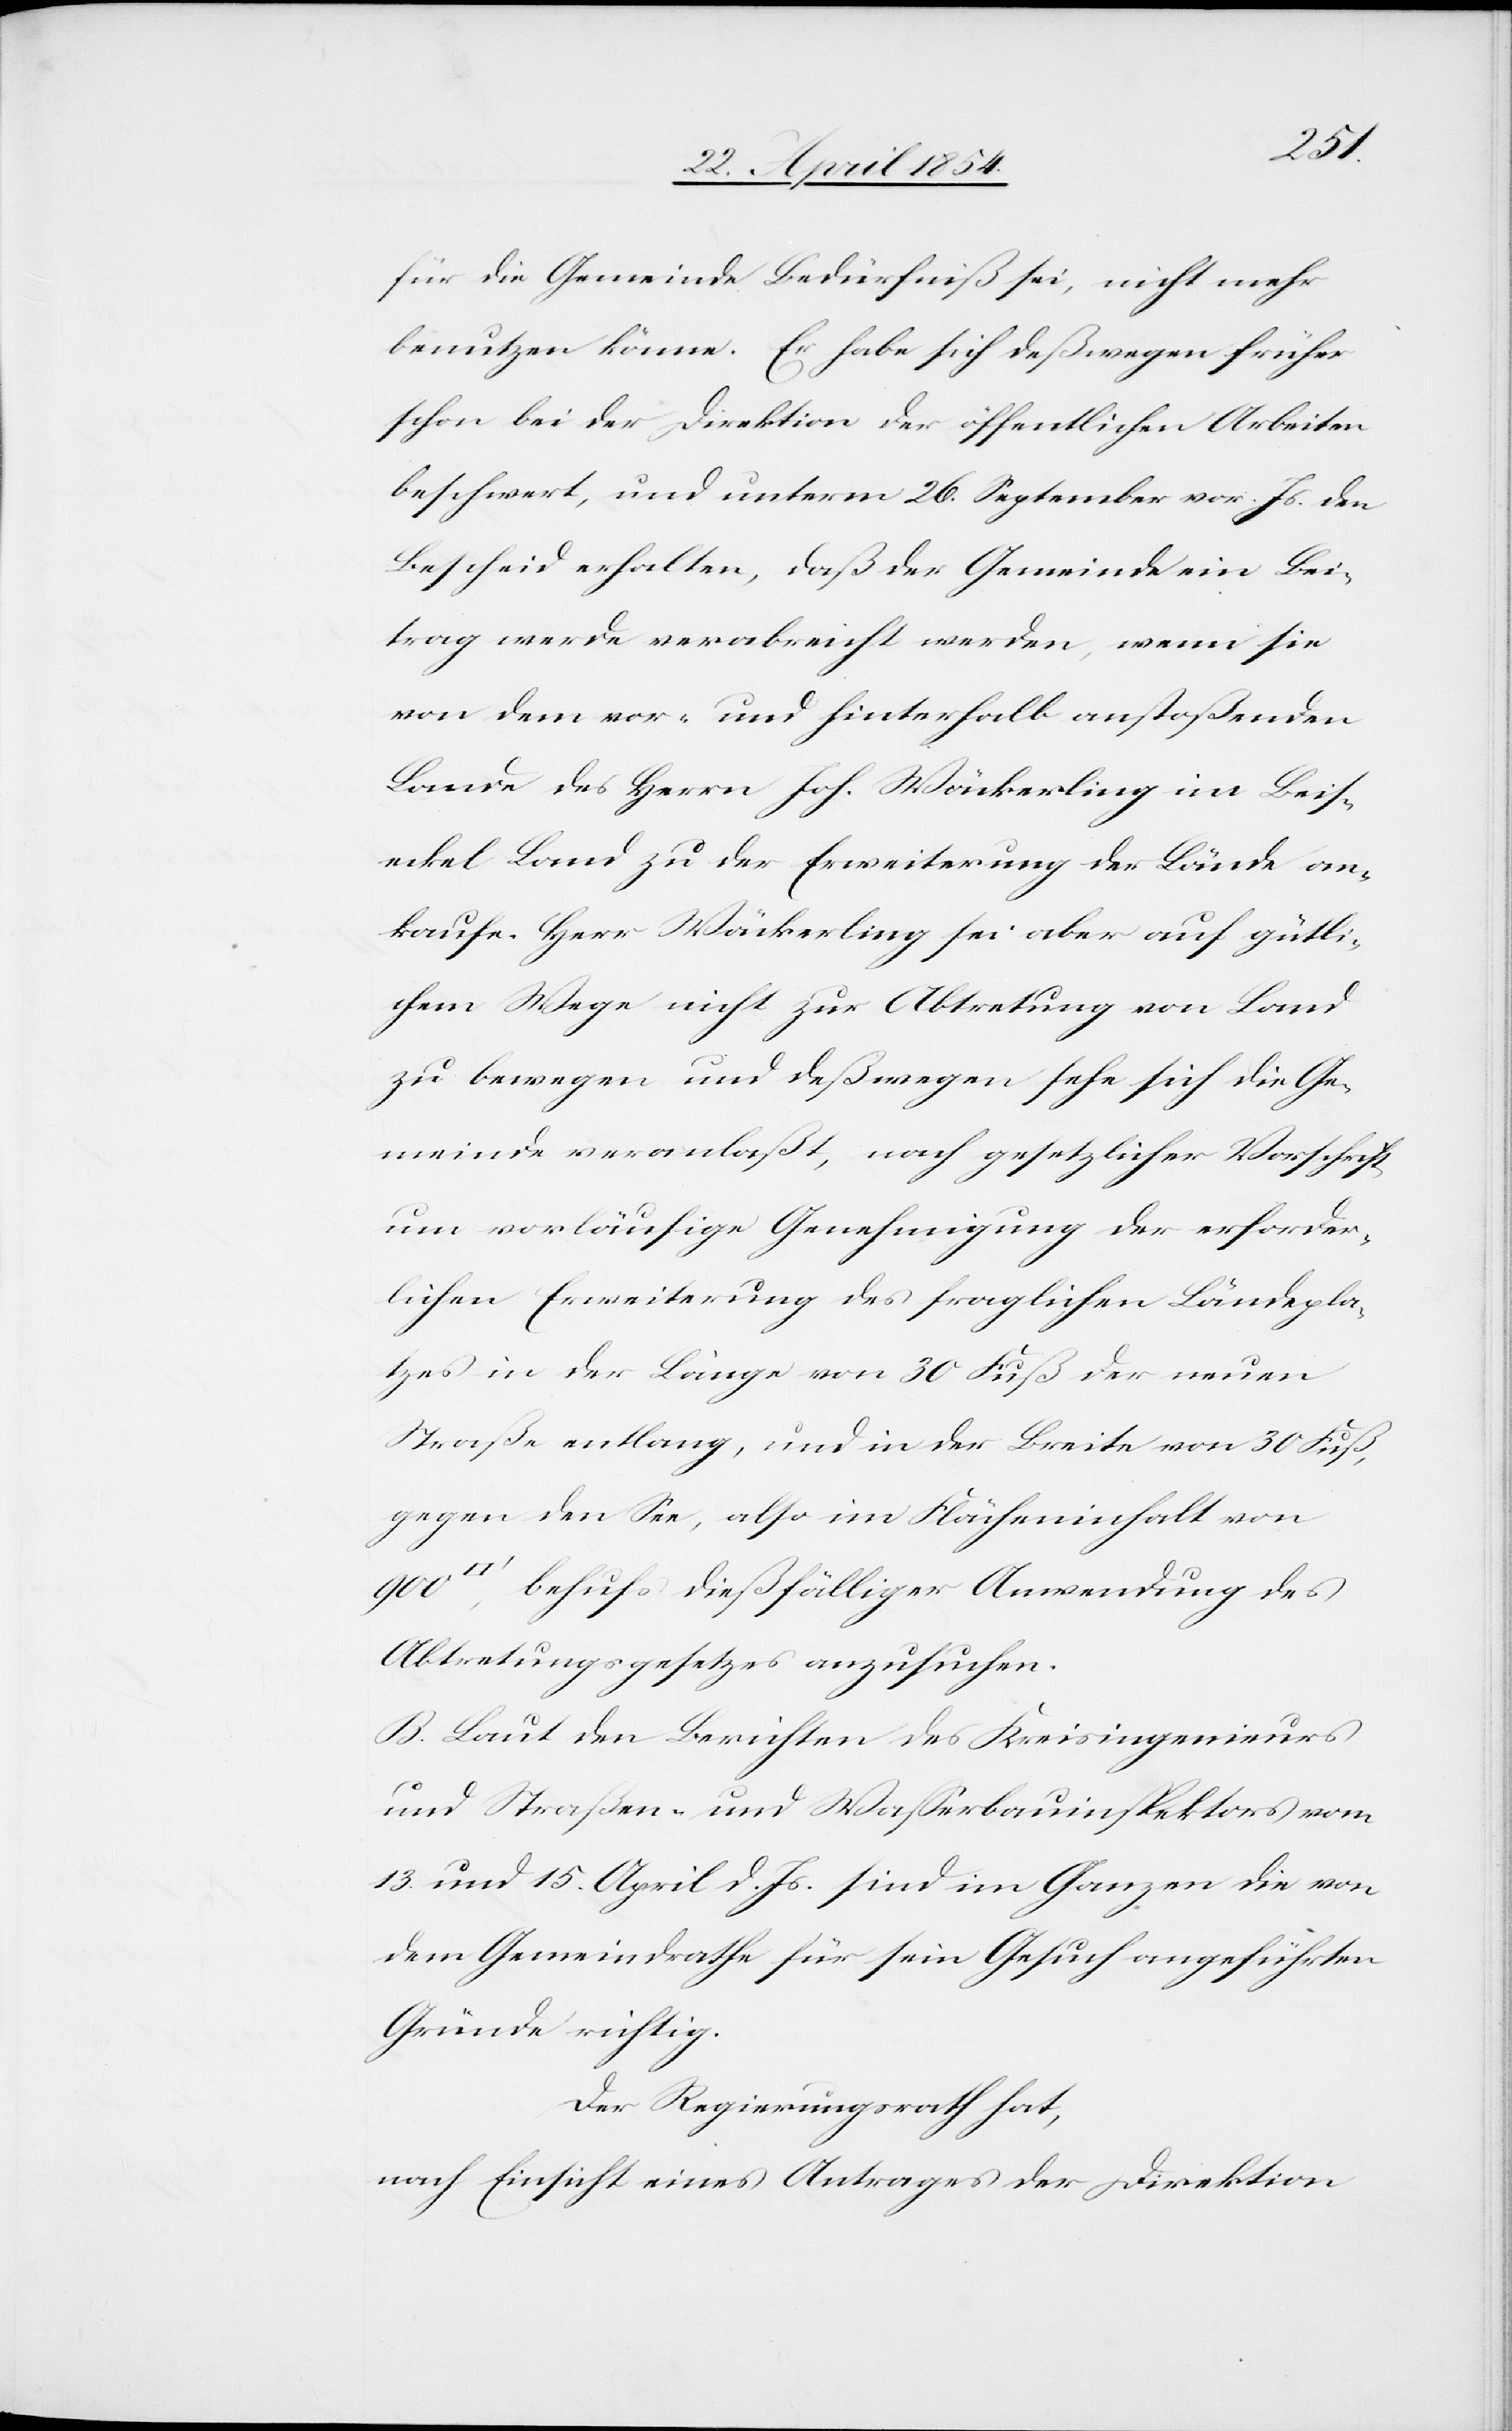
für die Gemeinde Bedürfniß sei, nicht mehr
benutzen könne. Er habe sich deßwegen früher
schon bei der Direktion der öffentlichen Arbeiten
beschwert, und unterm 26. September vor. Js. den
Bescheid erhalten, daß der Gemeinde ein Bei¬
trag werde verabreicht werden, wenn sie
von dem vor- und hinterhalb anstoßenden
Lande des Herrn Joh. Wäckerling im Beis¬
eckel Land zu der Erweiterung der Lände an¬
kaufe. Herr Wäckerling sei aber auf gütli¬
chem Wege nicht zur Abtretung von Land
zu bewegen und deßwegen sehe sich die Ge¬
meinde veranlaßt, nach gesetzlicher Vorschrift
um vorläufige Genehmigung der erforder¬
lichen Erweiterung des fraglichen Ländepla¬
tzes in der Länge von 30 Fuß der neuen
Straße entlang, und in der Breite von 30 Fuß,
gegen den See, also im Flächeninhalt von
900
behufs dießfälliger Anwendung des
Abtretungsgesetzes anzusuchen.
B. Laut den Berichten des Kreisingenieurs
und Straßen- und Waßerbauinspektors vom
13. und 15. April d. Js. sind im Ganzen die von
dem Gemeindrathe für sein Gesuch angeführten
Gründe richtig.
Der Regierungsrath hat,
nach Einsicht eines Antrages der Direktion